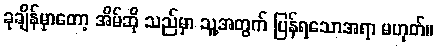
ခုချိန်မှာတော့ အိမ်ဆို သည်မှာ သူ့အတွက် ပြန်ရသောအရာ မဟုတ်။